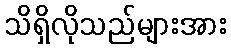
သိရှိလိုသည်များအား